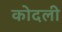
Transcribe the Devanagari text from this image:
कोदली